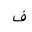
Letter: _fa